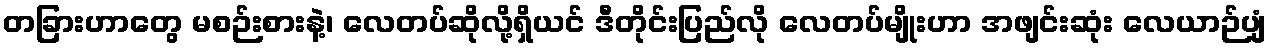
တခြားဟာတွေ မစဉ်းစားနဲ့၊ လေတပ်ဆိုလို့ရှိယင် ဒီတိုင်းပြည်လို လေတပ်မျိုးဟာ အဖျင်းဆုံး လေယာဉ်ပျံ